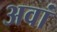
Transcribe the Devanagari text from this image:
अवां